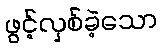
ဖွင့်လှစ်ခဲ့သော